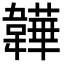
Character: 韡